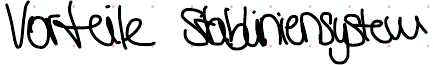
Vorteile Stabliniensystem